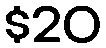
$20